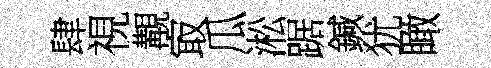
肆視覯㝡瓜淞踞鍼犹瞰